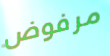
مرفوض